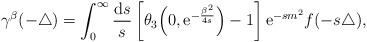
LaTeX: \begin{align*}\gamma^{\beta}({-\triangle}) = \int_0^\infty {{\mathrm{d} } s \over s} \left[\theta_3 \Big( 0, {\mathrm{e} }^{-\frac{\beta^2}{4 s}}\Big) - 1 \right] {\mathrm e}^{-s m^2} f ( - s \triangle ), \end{align*}